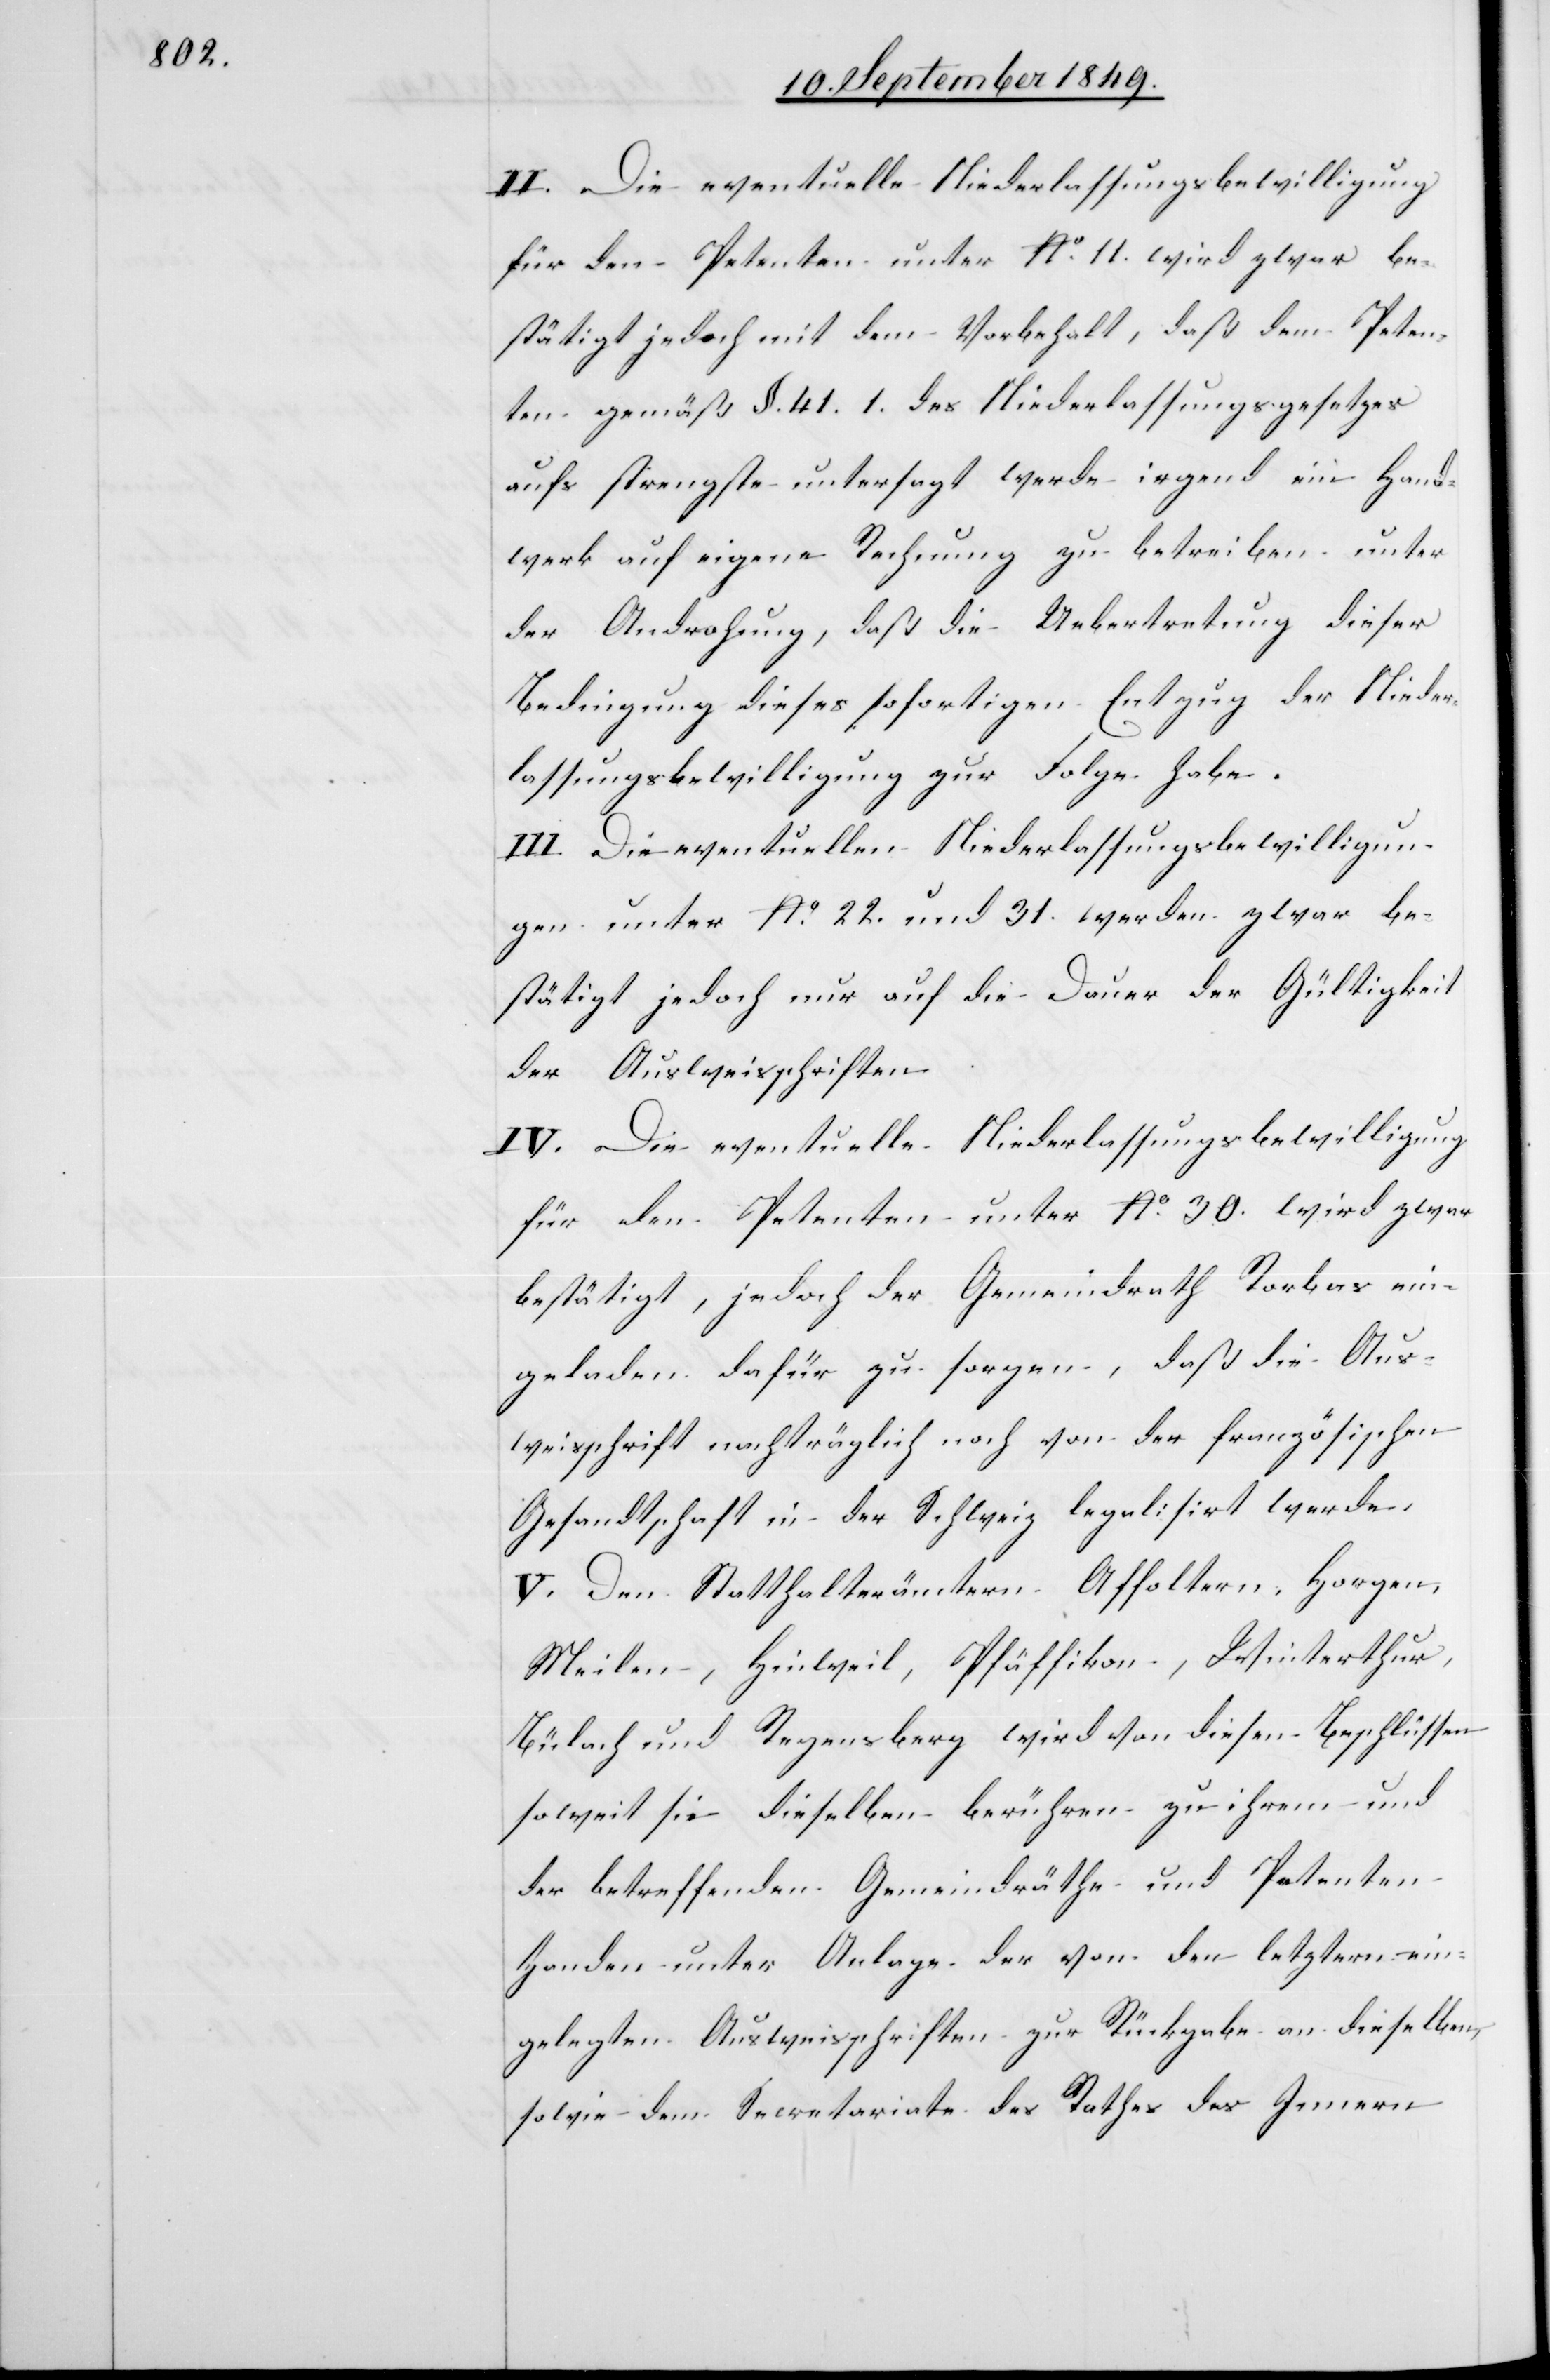
II. Die eventuelle Niederlassungsbewilligung
für den Petenten unter No. 11. wird zwar be¬
stätigt jedoch mit dem Vorbehalt, daß dem Peten¬
ten gemäß §. 41.1. des Niederlassungsgesetzes
aufs strengste untersagt werde irgend ein Hand¬
werk auf eigene Rechnung zu betreiben unter
der Androhung, daß die Uebertretung dieser
Bedingung dieses sofortigen Entzug der Nieder¬
lassungsbewilligung zur Folge habe.
III. Die eventuellen Niederlassungsbewilligun¬
gen unter No 22. und 31. werden zwar be¬
stätigt jedoch nur auf die Dauer der Gültigkeit
der Ausweisschriften.
IV. Die eventuelle Niederlassungsbewilligung
für den Petenten unter No. 30. wird zwar
bestätigt, jedoch der Gemeindrath Rorbas ein¬
geladen dafür zu sorgen, daß die Aus¬
weisschrift nachträglich noch von der französischen
Gesandtschaft in der Schweiz legalisirt werde.
V. Den Statthalterämtern Affoltern, Horgen,
Meilen, Hinweil, Pfäffikon, Winterthur,
Bülach und Regensberg wird von diesen Beschlüssen
soweit sie dieselben berühren zu ihren und
der betreffenden Gemeindräthe und Petenten
Handen unter Anlage der von den letztern ein¬
gelegten Ausweisschriften zur Rückgabe an dieselben,
sowie dem Secretariate des Rathes des Innern